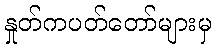
နှုတ်ကပတ်တော်များမှ